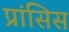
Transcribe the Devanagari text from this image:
प्रांसिस